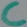
Text: C